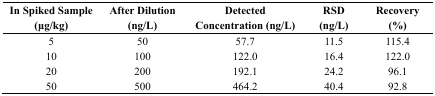
| In Spiked Sample (μg/kg) | After Dilution (ng/L) | Detected Concentration (ng/L) | RSD (ng/L) | Recovery(%) |
 | --- | --- | --- | --- | --- |
 | 5 | 50 | 57.7 | 11.5 | 115.4 |
 | 10 | 100 | 122.0 | 16.4 | 122.0 |
 | 20 | 200 | 192.1 | 24.2 | 96.1 |
 | 50 | 500 | 464.2 | 40.4 | 92.8 |